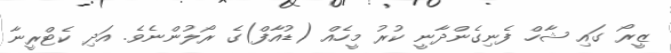
ޒީރޯ ގައި ޝާހް ފެނިގެންދާނީ ކުރު މީހެއް (ޑުއާފް)ގެ ރޯލުންނެވެ. އަދި ކެޓްރީނާ